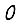
Digit: 0